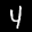
Label: 4